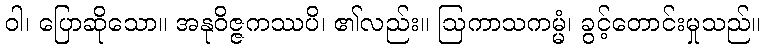
ဝါ၊ ပြောဆိုသော။ အနုဝိဇ္ဇကဿပိ၊ ၏လည်း။ ဩကာသကမ္မံ၊ ခွင့်တောင်းမှုသည်။